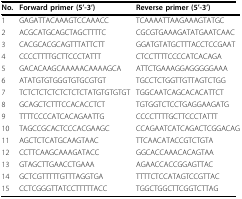
<table><thead><tr><td><b>No.</b></td><td><b>Forward primer (5&#x27;-3&#x27;)</b></td><td><b>Reverse primer (5&#x27;-3&#x27;)</b></td></tr></thead><tbody><tr><td>1</td><td>GAGATTACAAAGTCCAAACC</td><td>TCAAAATTAAGAAAGTATGC</td></tr><tr><td>2</td><td>ACGCATGCAGCTAGCTTTTC</td><td>CGCGTGAAAGATATGAATCAAC</td></tr><tr><td>3</td><td>CACGCACGCAGTTTATTCTT</td><td>GGATGTATGCTTTACCTCCGAAT</td></tr><tr><td>4</td><td>CCCCTTTTGCTTCCCTATTT</td><td>CTCCTTTTCCCCATCACAGA</td></tr><tr><td>5</td><td>GACACAAGCAAAAACAAAAGCA</td><td>ATTCTGAAAGGAGGGGGAAA</td></tr><tr><td>6</td><td>ATATGTGTGGGTGTGCGTGT</td><td>TGCCTCTGGTTGTTAGTCTGG</td></tr><tr><td>7</td><td>TCTCTCTCTCTCTCTCTATGTGTGTGT</td><td>TGGCAATCAGCACACATTCT</td></tr><tr><td>8</td><td>GCAGCTCTTTCCACACCTCT</td><td>TGTGGTCTCCTGAGGAAGATG</td></tr><tr><td>9</td><td>TTTTCCCCATCACAGAATTG</td><td>CCCCTTTTGCTTCCCTATTT</td></tr><tr><td>10</td><td>TAGCCGCACTCCCACGAAGC</td><td>CCAGAATCATCAGACTCGGACAG</td></tr><tr><td>11</td><td>AGCTCTCATGCAAGTAAC</td><td>TTCAACATACCGTCTGTA</td></tr><tr><td>12</td><td>CCTTCAAGCAAAGATACC</td><td>GGCACCAAACACAGTAA</td></tr><tr><td>13</td><td>GTAGCTTGAACCTGAAA</td><td>AGAACCACCGGAGTTAC</td></tr><tr><td>14</td><td>GCTCGTTTTTGTTTAGGTGA</td><td>TTTTCTCCATAGTCCGTTAC</td></tr><tr><td>15</td><td>CCTCGGGTTATCCTTTTTACC</td><td>TGGCTGGCTTCGGTCTTAG</td></tr></tbody></table>